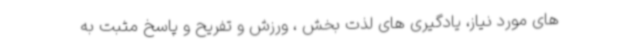
های مورد نیاز، یادگیری های لذت بخش ، ورزش و تفریح و پاسخ مثبت به